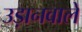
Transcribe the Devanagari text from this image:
उड़ानवाले